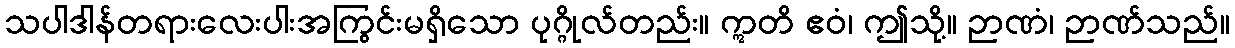
သပါဒါန်တရားလေးပါးအကြွင်းမရှိသော ပုဂ္ဂိုလ်တည်း။ ဣတိ ဧဝံ၊ ဤသို့။ ဉာဏံ၊ ဉာဏ်သည်။